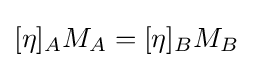
[\eta ]_{A}M_{A}=[\eta ]_{B}M_{B}